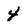
Character: 4